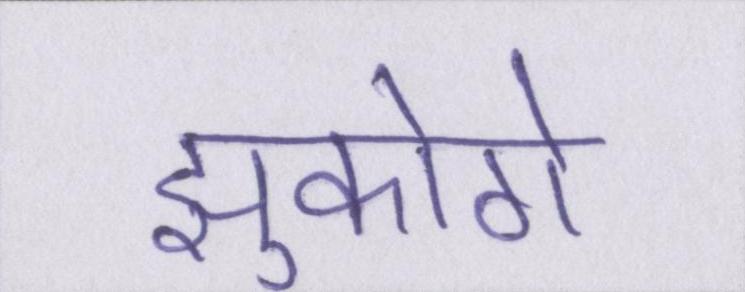
झुकोगे